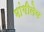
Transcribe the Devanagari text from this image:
मांगीलेव